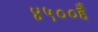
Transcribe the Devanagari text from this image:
४५००हैं